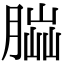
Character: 𦝶